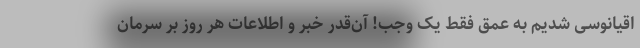
اقیانوسی شدیم به عمق فقط یک وجب! آن‌قدر خبر و اطلاعات هر روز بر سرمان